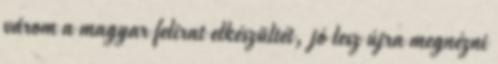
várom a magyar felirat elkészültét, jó lesz újra megnézni